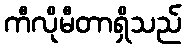
ကီလိုမီတာရှိသည်